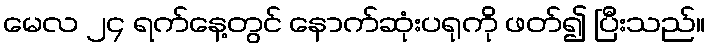
မေလ ၂၄ ရက်နေ့တွင် နောက်ဆုံးပရုကို ဖတ်၍ ပြီးသည်။